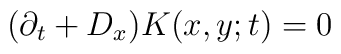
(\partial_t + D_x )K(x,y;t)=0